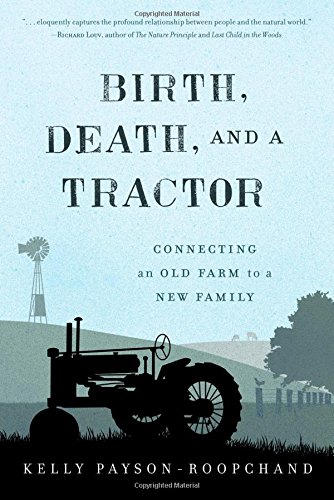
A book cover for Birth, Death, and a Tractor: Connecting An Old Farm To a New Family; Kelly Payson-Roopchand; Science & Math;